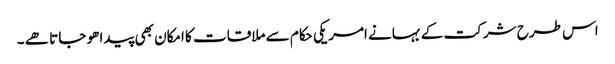
اس طرح شرکت کے بہانے امریکی حکام سے ملاقات کا امکان بھی پیدا ھو جاتا ھے ۔